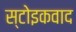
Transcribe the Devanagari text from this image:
स्टोइकवाद